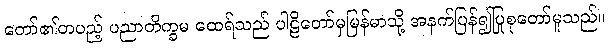
တော်၏တပည့် ပညာတိက္ခမ ထေရ်သည် ပါဠိတော်မှမြန်မာသို့ အနက်ပြန်၍ပြုစုတော်မူသည်။